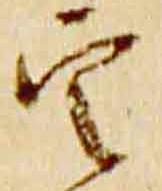
定